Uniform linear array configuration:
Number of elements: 4
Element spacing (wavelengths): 0.25
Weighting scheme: cosine
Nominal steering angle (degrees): -15
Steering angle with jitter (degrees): -13.456
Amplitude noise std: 0.05
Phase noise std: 0.05

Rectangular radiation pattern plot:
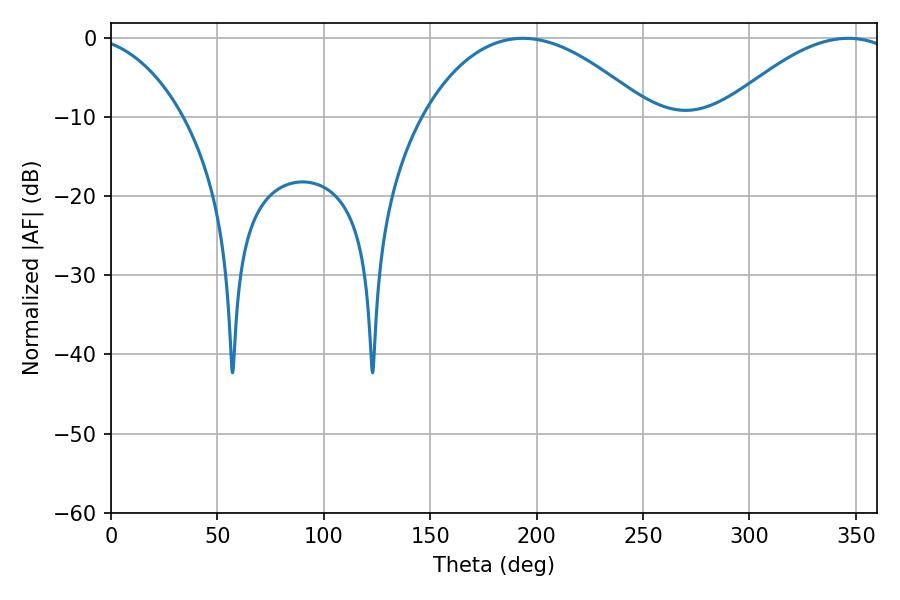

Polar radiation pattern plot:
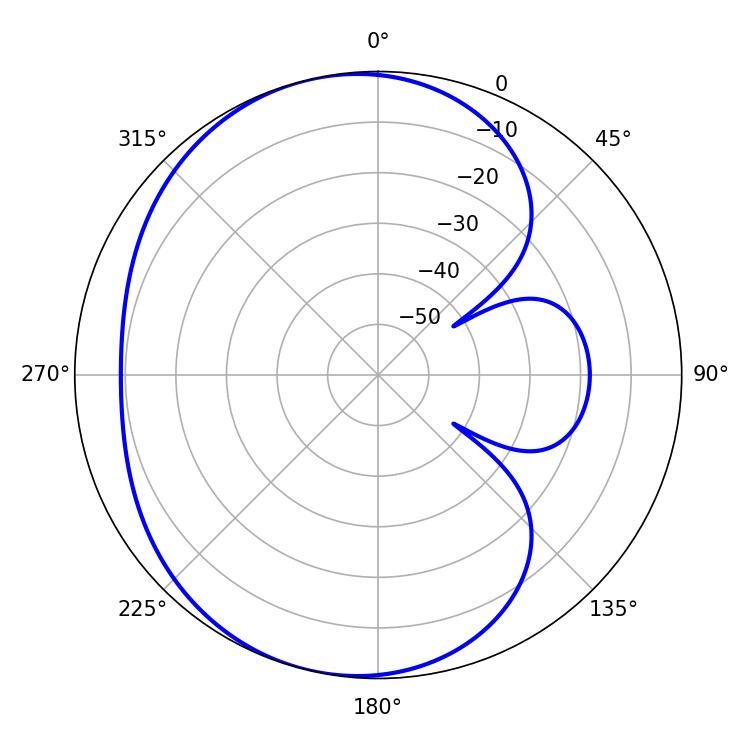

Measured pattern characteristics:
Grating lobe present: FALSE
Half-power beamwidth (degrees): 59.22
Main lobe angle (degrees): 193.5